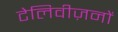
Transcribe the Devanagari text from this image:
टेलिवीज़नों